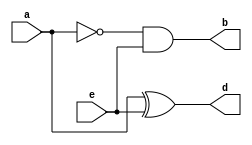
module halfsubtractor(output d,b,input a,e);
xor XOR1(d,a,e);
not NOT1(c,a);
and AND(b,c,e);
endmodule

module fullsubtractor(output d,bout,input a,b,cin);
halfsubtractor h1(a1,b1,a,b);
halfsubtractor h2(d,c,a1,cin);
or OR1(bout,c,b1);
endmodule

module tb;
reg a,b,cin;
wire d,bout;
fullsubtractor f1(d,bout,a,b,cin);
integer count;
initial begin
for(count=0;count<8;count=count+1)
begin
{a,b,cin}=count;
#20;
end
end
endmodule